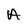
Character: A